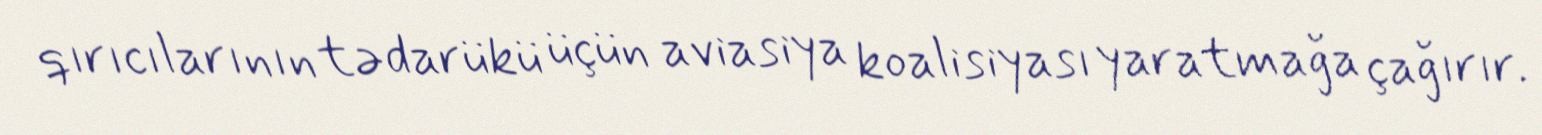
qırıcılarının tədarükü üçün aviasiya koalisiyası yaratmağa çağırır.